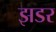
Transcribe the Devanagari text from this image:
झडर